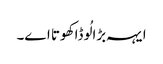
ایہہ بڑا لُوڈا کھوتا اے۔